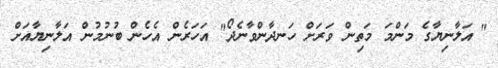
" އަލާނިޔާގެ މަންމަ މަތިން ވަރަށް ހަނދާންވާނެދޯ" އަހަރެން އެހެން ބުނުމުން އަލާނިޔާއަށް